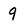
Character: 9